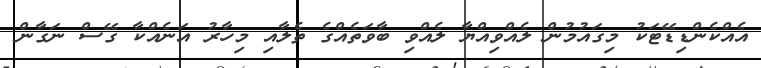
އެއްކެންޑިޑޭޓަކު މިގައުމުން ލެއްވިއްޔާ ލެއްވި ބާވަތެއްގެ ތެލާއި މިހާރު އަނެއްކާ ގޭސް ނަގާން